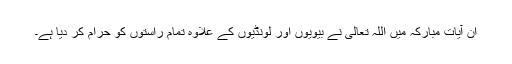
ان آیات مبارکہ میں اللہ تعالی نے بیویوں اور لونڈیوں کے علاوہ تمام راستوں کو حرام کر دیا ہے۔